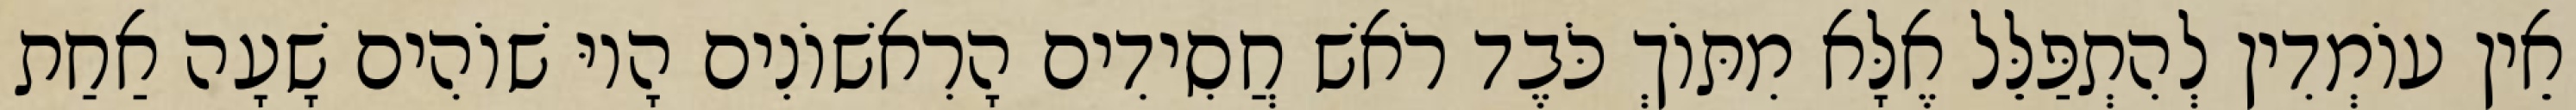
אֵין עוֹמְדִין לְהִתְפַּלֵּל אֶלָּא מִתּוֹךְ כֹּבֶד רֹאשׁ חֲסִידִים הָרִאשׁוֹנִים הָיוּ שׁוֹהִים שָׁעָה אַחַת